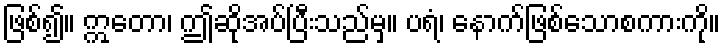
ဖြစ်၍။ ဣတော၊ ဤဆိုအပ်ပြီးသည်မှ။ ပရံ၊ နောက်ဖြစ်သောစကားကို။